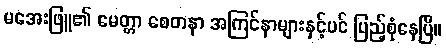
မအေးဖြူ၏ မေတ္တာ စေတနာ အကြင်နာများနှင့်ပင် ပြည့်စုံနေပြီ။